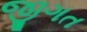
જીગત